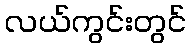
လယ်ကွင်းတွင်